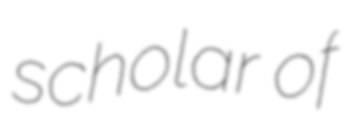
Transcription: scholar of